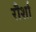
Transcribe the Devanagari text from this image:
रौर्शा